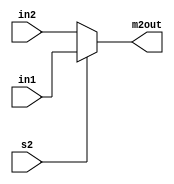
`timescale 1ns / 1ps
//////////////////////////////////////////////////////////////////////////////////
// Company: 
// Engineer: 
// 
// Design Name: 
// Module Name: MUX2
// Project Name: 
// Target Devices: 
// Tool Versions: 
// Description: 
// 
// Dependencies: 
// 
// Revision:
// Revision 0.01 - File Created
// Additional Comments:
// 
//////////////////////////////////////////////////////////////////////////////////


module MUX2 (in1, in2, s2, m2out);
//Taken from Donald Hung's Lab 7 Assignment

input [2:0] in1, in2; 
input s2; 
output reg [2:0] m2out;

always @ (in1, in2, s2)
	begin
		if (s2)  m2out = in1;
		else
 		m2out = in2;
end

endmodule